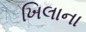
ખિલાના